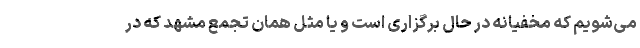
می‌شویم که مخفیانه در حال برگزاری است و یا مثل همان تجمع مشهد که در